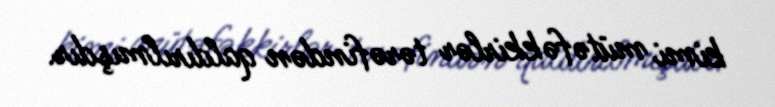
kimi mütəfəkkirlər tərəfindən qaldırılmışdır.